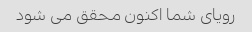
رویای شما اکنون محقق می شود